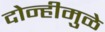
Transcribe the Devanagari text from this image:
दोन्हीमुळे